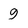
Character: 9